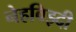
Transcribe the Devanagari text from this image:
नेहविझ्दी